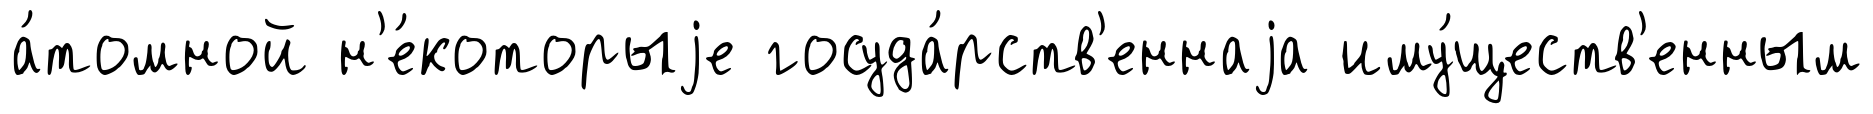
а́томной н'е́которыjе госуда́рств'еннаjа иму́ществ'енным